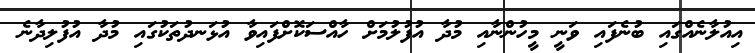
އިއުލާނެއްގައި ބުނެފައި ވަނީ މީހުންނާއި މުދާ އުފުލުމަށް ހާއްސަކޮށްފައިވާ އުޅަނދުތަކުގައި މުދާ އުފުލިދާނެ